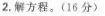
2.解方程。(16 分)